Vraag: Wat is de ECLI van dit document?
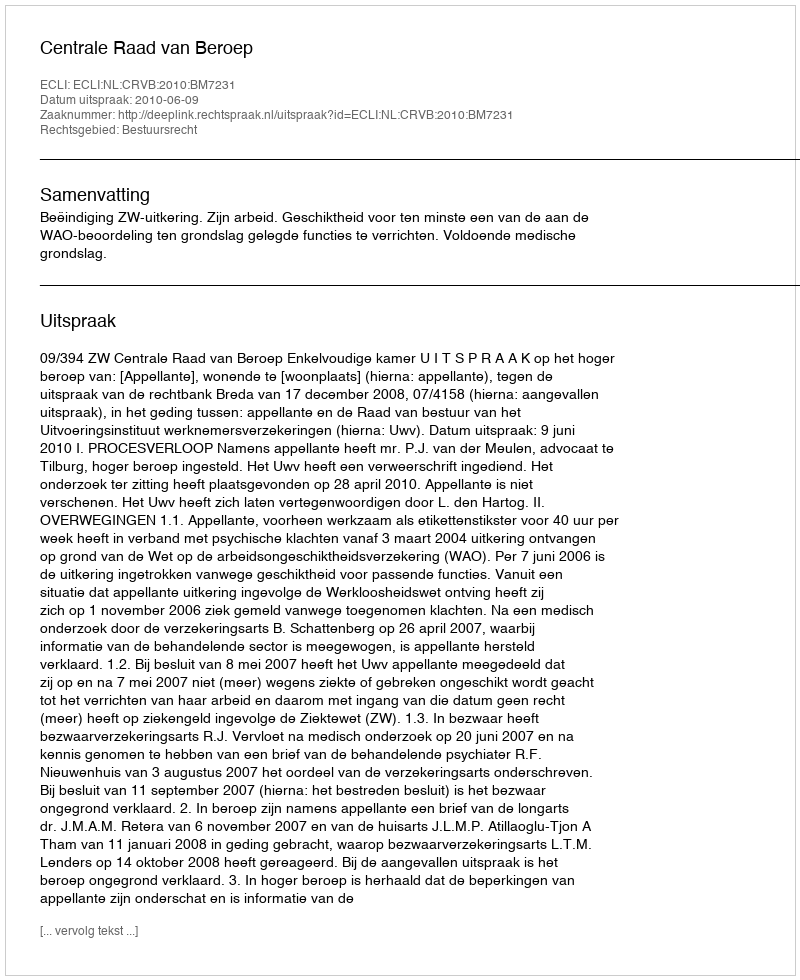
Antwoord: ECLI:NL:CRVB:2010:BM7231